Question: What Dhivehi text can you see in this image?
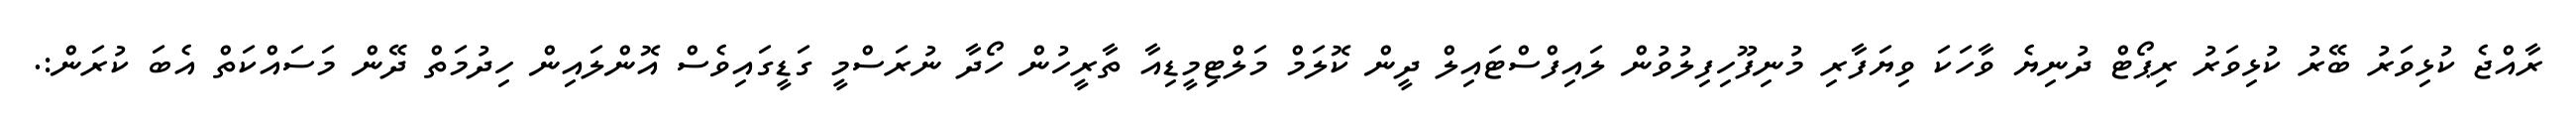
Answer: ރާއްޖެ ކުޅިވަރު ބޭރު ކުޅިވަރު ރިޕޯޓް ދުނިޔެ ވާހަކަ ވިޔަފާރި މުނިފޫހިފިލުވުން ލައިފްސްޓައިލް ދީން ކޮލަމް މަލްޓިމީޑިއާ ތާރީހުން ހޯދާ ނުރަސްމީ ގަޑީގައިވެސް އޮންލައިން ހިދުމަތް ދޭން މަސައްކަތް އެބަ ކުރަން:.